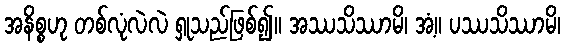
အနိစ္စဟု တစ်လုံလဲလဲ ရှုသည်ဖြစ်၍။ အဿသိဿာမိ၊ အံ့။ ပဿသိဿာမိ၊